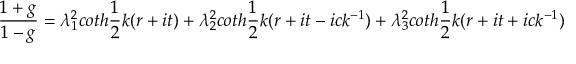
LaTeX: \frac { 1 + g } { 1 - g } = \lambda _ { 1 } ^ { 2 } c o t h \frac { 1 } { 2 } k ( r + i t ) + \lambda _ { 2 } ^ { 2 } c o t h \frac { 1 } { 2 } k ( r + i t - i c k ^ { - 1 } ) + \lambda _ { 3 } ^ { 2 } c o t h \frac { 1 } { 2 } k ( r + i t + i c k ^ { - 1 } )